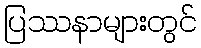
ပြဿနာများတွင်